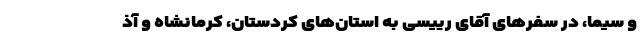
و سیما، در سفر‌های آقای رییسی به استان‌های کردستان، کرمانشاه و آذ